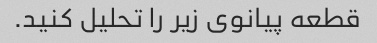
قطعه پیانوی زیر را تحلیل کنید.